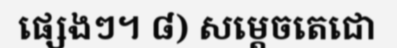
ផ្សេងៗ។ ៨) សម្តេចតេជោ